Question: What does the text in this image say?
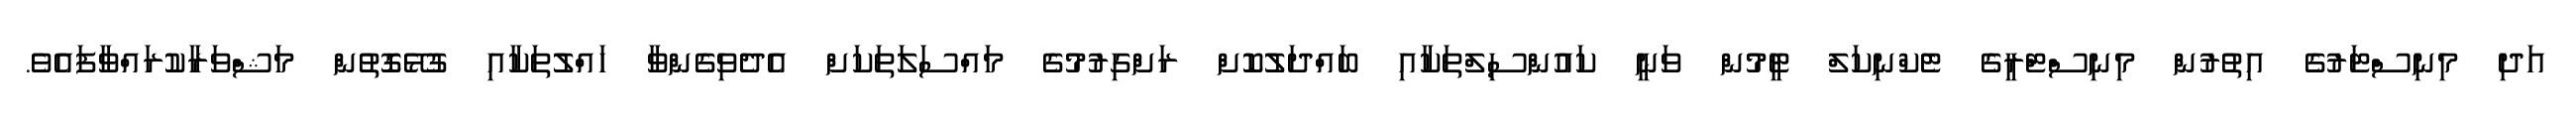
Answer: އަދި މިނިސްޓަރުގެ އިތުރުން މިނިސްޓްރީގެ ޓެކްނިކަލް ޓީމުން ވަނީ ކައުންސިލްތަކާއި ބައްދަލުކޮށް ރަށްގިރުމުގެ މައްސަލަތަކަށް އެދެވިގެންވާ ހައްލުތަކާއި ގުޅޭގޮތުން މަޝްވަރާކުރައްވާފައެވެ.